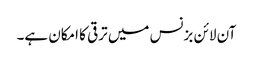
آن لائن بزنس میں ترقی کا امکان ہے۔